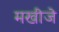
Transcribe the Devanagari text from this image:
मखीजे